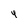
Character: 4